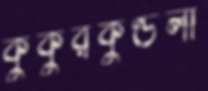
কুকুরকুণ্ডলী